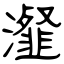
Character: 瀣